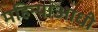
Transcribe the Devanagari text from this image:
महिन्यांआधी